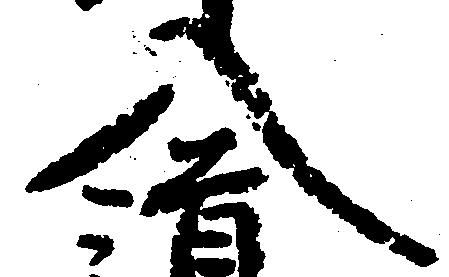
入